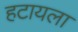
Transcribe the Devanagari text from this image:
हटायला